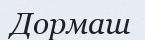
Дормаш